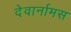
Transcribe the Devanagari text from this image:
देवार्नामस